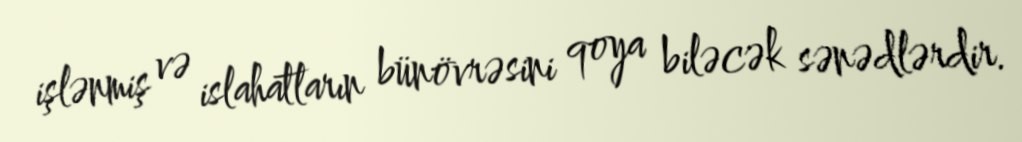
işlənmiş və islahatların bünövrəsini qoya biləcək sənədlərdir.